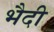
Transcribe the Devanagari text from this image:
भैदी